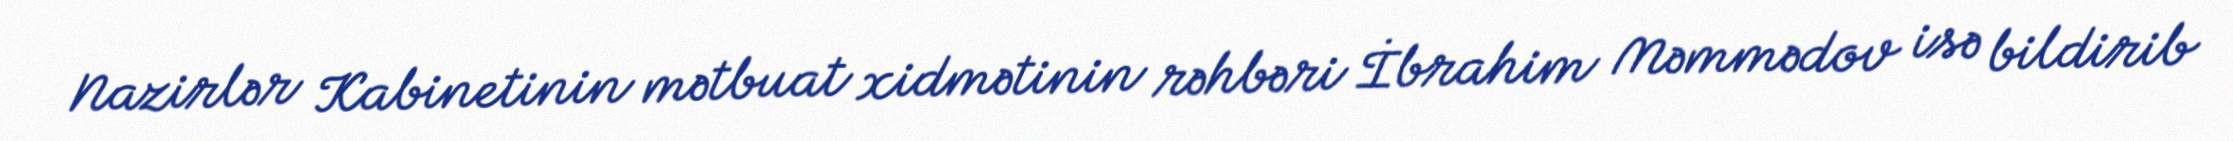
Nazirlər Kabinetinin mətbuat xidmətinin rəhbəri İbrahim Məmmədov isə bildirib